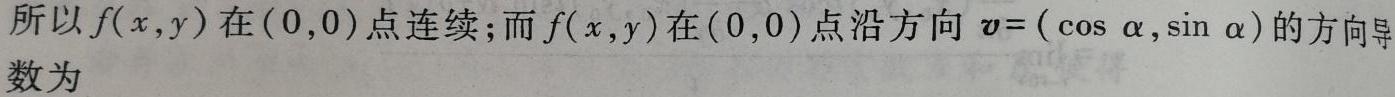
所以$f(x,y)$在$(0,0)$点连续；而$f(x,y)$在$(0,0)$点沿方向$\boldsymbol{v}=(\cos\alpha,\sin\alpha)$的方向导数为